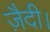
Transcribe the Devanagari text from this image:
ज़ैदी।